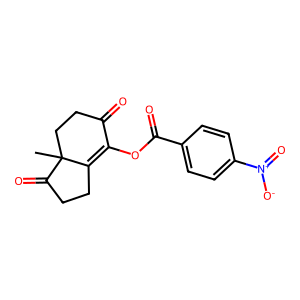
SMILES: CC12CCC(=O)C(OC(=O)c3ccc([N+](=O)[O-])cc3)=C1CCC2=O
Inhibits HIV replication: No